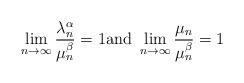
LaTeX: \begin{align*}\lim_{n\rightarrow\infty}\frac{\lambda_{n}^{\alpha}}{\mu_{n}^{\beta}}=1\text{and }\lim_{n\rightarrow\infty}\frac{\mu_{n}}{\mu_{n}^{\beta}}=1 \end{align*}